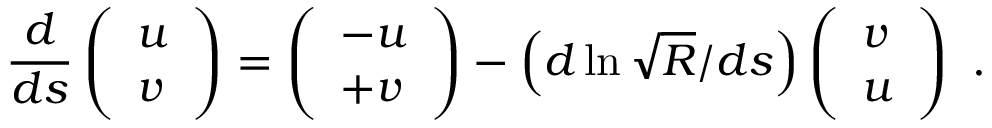
\frac { d } { d s } \left( \begin{array} { l } { u } \\ { v } \end{array} \right) = \left( \begin{array} { l } { - u } \\ { + v } \end{array} \right) - \left( d \ln \sqrt { R } / d s \right) \left( \begin{array} { l } { v } \\ { u } \end{array} \right) \mathrm { ~ . ~ }